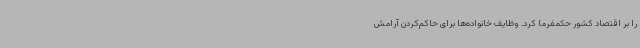
را بر اقتصاد کشور حکمفرما کرد. وظایف خانواده‌ها برای حاکم‌کردن آرامش